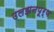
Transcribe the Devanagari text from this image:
उलझनपूर्ण